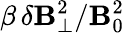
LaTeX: \beta\, \delta\mathbf{B}_{\perp}^{2}/\mathbf{B}_{0}^{2}